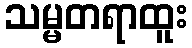
သမ္မတရာထူး